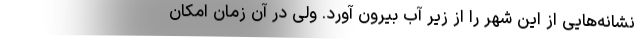
نشانه‌هایی از این شهر را از زیر آب بیرون آورد. ولی در آن زمان امکان